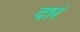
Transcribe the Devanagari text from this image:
दारं